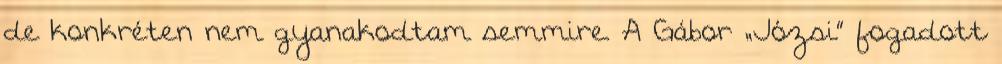
de konkréten nem gyanakodtam semmire. A Gábor „Józsi” fogadott